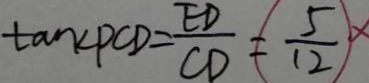
\tan \angle P C D = \frac { E D } { C D } = \frac { 5 } { 1 2 }